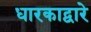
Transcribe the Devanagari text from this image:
धारकाद्वारे